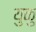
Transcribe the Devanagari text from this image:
युकु